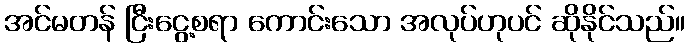
အင်မတန် ငြီးငွေ့စရာ ကောင်းသော အလုပ်ဟုပင် ဆိုနိုင်သည်။